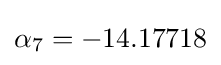
\alpha _{7}=-14.17718